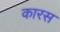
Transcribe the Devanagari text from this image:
कारस